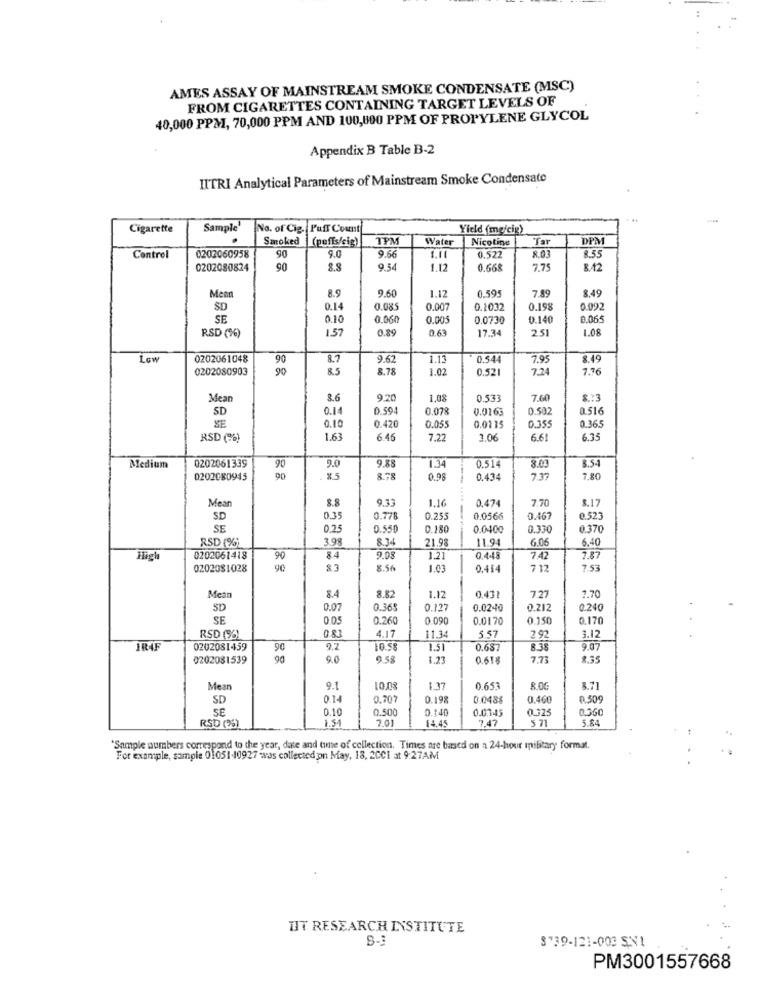
AMES ASSAY OF MAINSTREAM SMOKE CONDENSATE (MSC)
FROM CIGARETTES CONTAINING TARGET LEVELS OF
40,000 PPM1, 70,000 PPM AND 100,800 PPM OF PROPYLENE GLYCOL
Appendix B Table B-2
IITRI Analytical Parameters of Mainstream Smoke Condensate
Cigarette
Sample'
No. of Cig. Puff Count
Yield (me/cig)
Smoked
(puffs/cig)
Water
Nicotine
Tar
DPM
Control
0202060958
90
9.0
9.66
1.11
0.522
8.03
8.55
0202080824
90
9.54
1.12
0.665
7.75
8.12
9.60
1.12
0.595
7.89
8.49
Men
8.9
SD
0.14
0.085
0.007
0.1032
0.19
0.092
SE
0.10
0.060
0.005
0.0730
0.140
0.065
RSD (%)
1.57
0.89
0.63
17.34
2.51
1.08
Low
0202061048
90
8.7
9.62
1.13
0.544
7.95
8.49
0202080903
90
8.5
8.78
1.02
0.521
7.24
7.76
Mean
8.6
9.20
1,08
0.533
7.60
$ .: 3
SD
0.14
D.594
0.078
0.0163
0.502
0.516
SE
0.10
0.420
0.055
0.0115
0.355
0.365
RSD (%)
1.63
6.46
7.22
2.06
6.61
6.35
Medium
0202061339
90
9.0
9.88
1.34
0.514
8.03
8.54
0202080945
90
8.78
0.98
0.434
737
7.80
Mean
8.8
9.33
1.16
0.474
7.70
8.17
SD
0.35
0.778
0.255
0.0566
0.46
0.523
SE
0.25
0.550
0.280
0.0400
0.330
0.370
RSD (%)
3.98
8.34
11.94
21.98
6.06
6.40
0202061418
90
84
9.08
1.21
0.4.48
7.42
7.87
0202081028
8.3
8.56
1.03
0.414
7 12
7.53
7.27
Mean
8.4
8.82
1.12
0.431
7.70
SD
0.07
0.365
0.127
0.0240
0.21
0.24
SE
0.05
0.260
0.090
0.0170
3.150
0.17
0.8
4.17
5.57
292
RSD (9%)
11.34
3.12
IRAF
0202081459
90
9.2
10.58
1.51
0.68
8.38
9.07
0202081539
90
9.0
9.58
1.23
0.61
7.73
8.35
Mean
9.
10.08
1.37
0.653
8.00
8.71
SD
0.14
0.707
0.198
0.0488
0.460
0.50
SE
0.10
0.500
0.140
0.03.45
0.325
3.360
RSD (25)
1.54
7.01
14.45
7.47
5 71
5.84
*Sample numbers correspond to the year, date and time of collection. Times are based on a 24-hour military format.
For example, sample 0105140927 -was collected on May, 18, 2CCI at 9:27AM
UIT RESEARCH INSTITUTE
00
S"39-121-003 SN1
PM3001557668